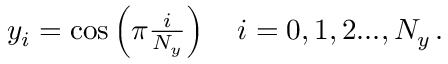
\begin{array} { r } { y _ { i } = \cos \left( \pi \frac { i } { N _ { y } } \right) \quad i = 0 , 1 , 2 . . . , N _ { y } \, . } \end{array}